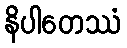
နိပါတေဿံ